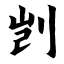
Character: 剀